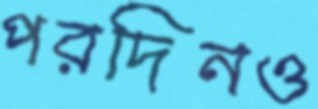
পরদিনও